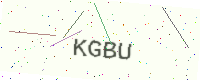
Text: KGBU